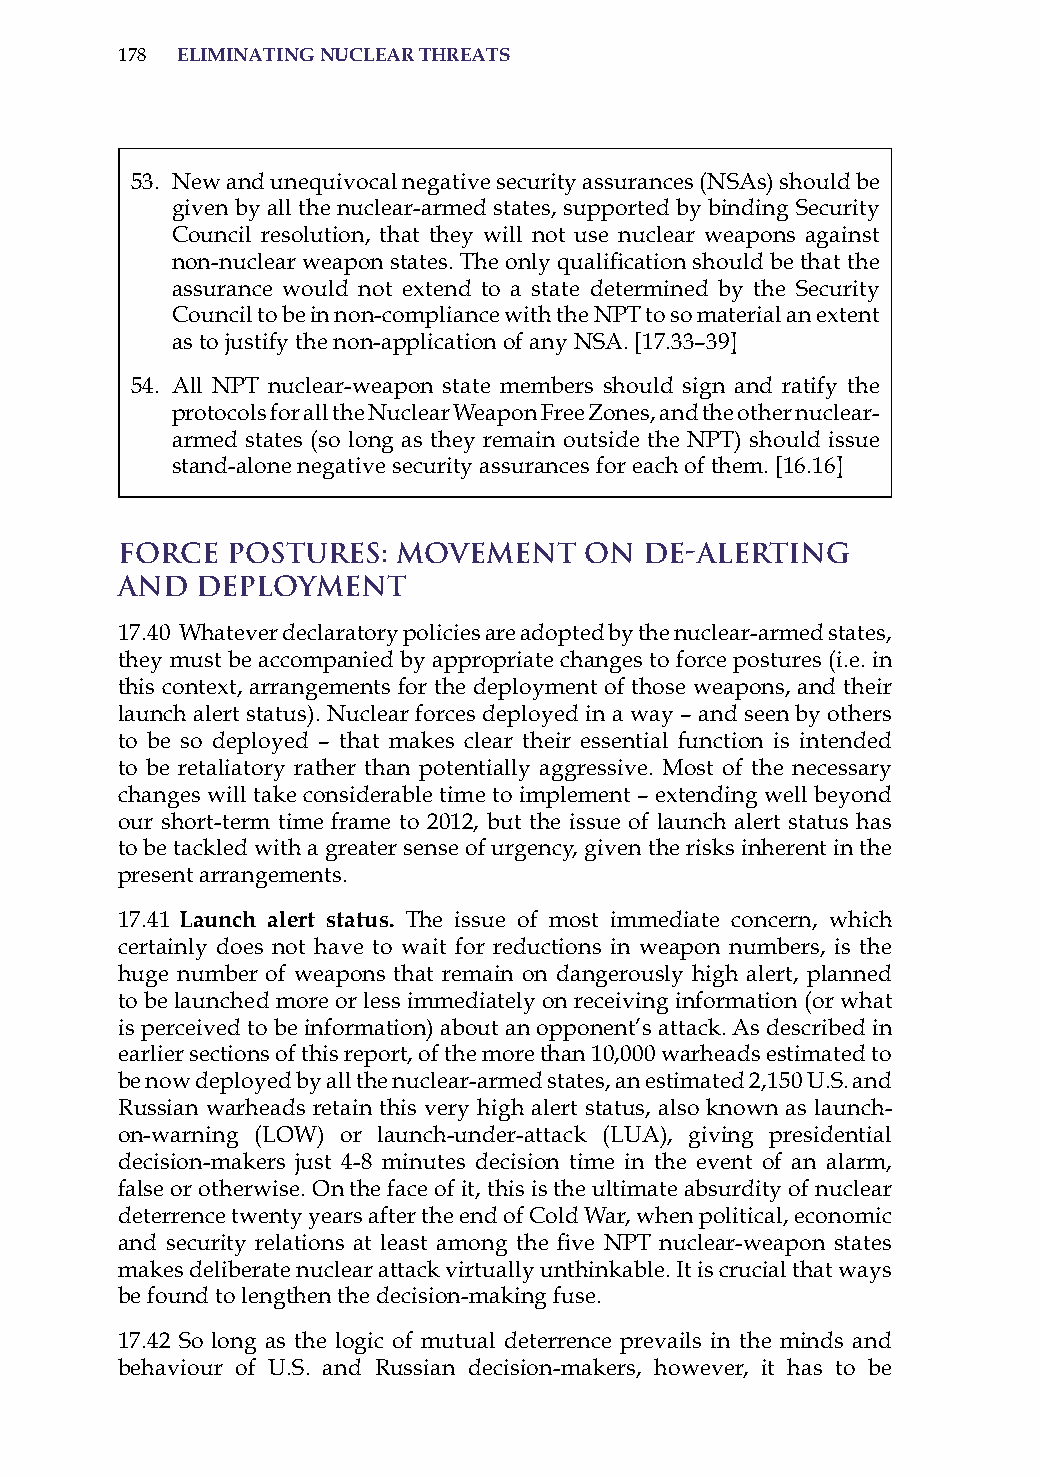
178 eliminatinG nuclear threats
 53. New and unequivocal negative security assurances (Nsas) should be
 given by all the nuclear-armed states, supported by binding security
 Council resolution, that they will not use nuclear weapons against
 non-nuclear weapon states. The only qualification should be that the
 assurance would not extend to a state determined by the security
 Council to be in non-compliance with the NPT to so material an extent
 as to justify the non-application of any Nsa. [17.33–39]
 54. all NPT nuclear-weapon state members should sign and ratify the
 protocols for all the Nuclear Weapon Free Zones, and the other nuclear-
 armed states (so long as they remain outside the NPT) should issue
 stand-alone negative security assurances for each of them. [16.16]
 Force  Postures:  Movement     on  De-alerting
 and  Deployment
 17.40 Whatever declaratory policies are adopted by the nuclear-armed states,
 they must be accompanied by appropriate changes to force postures (i.e. in
 this context, arrangements for the deployment of those weapons, and their
 launch alert status). Nuclear forces deployed in a way – and seen by others
 to be so deployed – that makes clear their essential function is intended
 to be retaliatory rather than potentially aggressive. Most of the necessary
 changes will take considerable time to implement – extending well beyond
 our short-term time frame to 2012, but the issue of launch alert status has
 to be tackled with a greater sense of urgency, given the risks inherent in the
 present arrangements.
 17.41 launch alert status. The issue of most immediate concern, which
 certainly does not have to wait for reductions in weapon numbers, is the
 huge number of weapons that remain on dangerously high alert, planned
 to be launched more or less immediately on receiving information (or what
 is perceived to be information) about an opponent’s attack. as described in
 earlier sections of this report, of the more than 10,000 warheads estimated to
 be now deployed by all the nuclear-armed states, an estimated 2,150 U.s. and
 russian warheads retain this very high alert status, also known as launch-
 on-warning (LoW) or launch-under-attack (LUa), giving presidential
 decision-makers just 4-8 minutes decision time in the event of an alarm,
 false or otherwise. on the face of it, this is the ultimate absurdity of nuclear
 deterrence twenty years after the end of Cold War, when political, economic
 and security relations at least among the five NPT nuclear-weapon states
 makes deliberate nuclear attack virtually unthinkable. it is crucial that ways
 be found to lengthen the decision-making fuse.
 17.42 so long as the logic of mutual deterrence prevails in the minds and
 behaviour of U.s. and russian decision-makers, however, it has to be